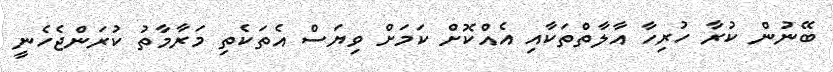
ބޭނުން ކުރާ ހުރިހާ އާލާތްތަކާއި އެއްކޮށް ކަމަށް ވިޔަސް އެތަކެތި މަރާމާތު ކުރަންޖެހެނީ